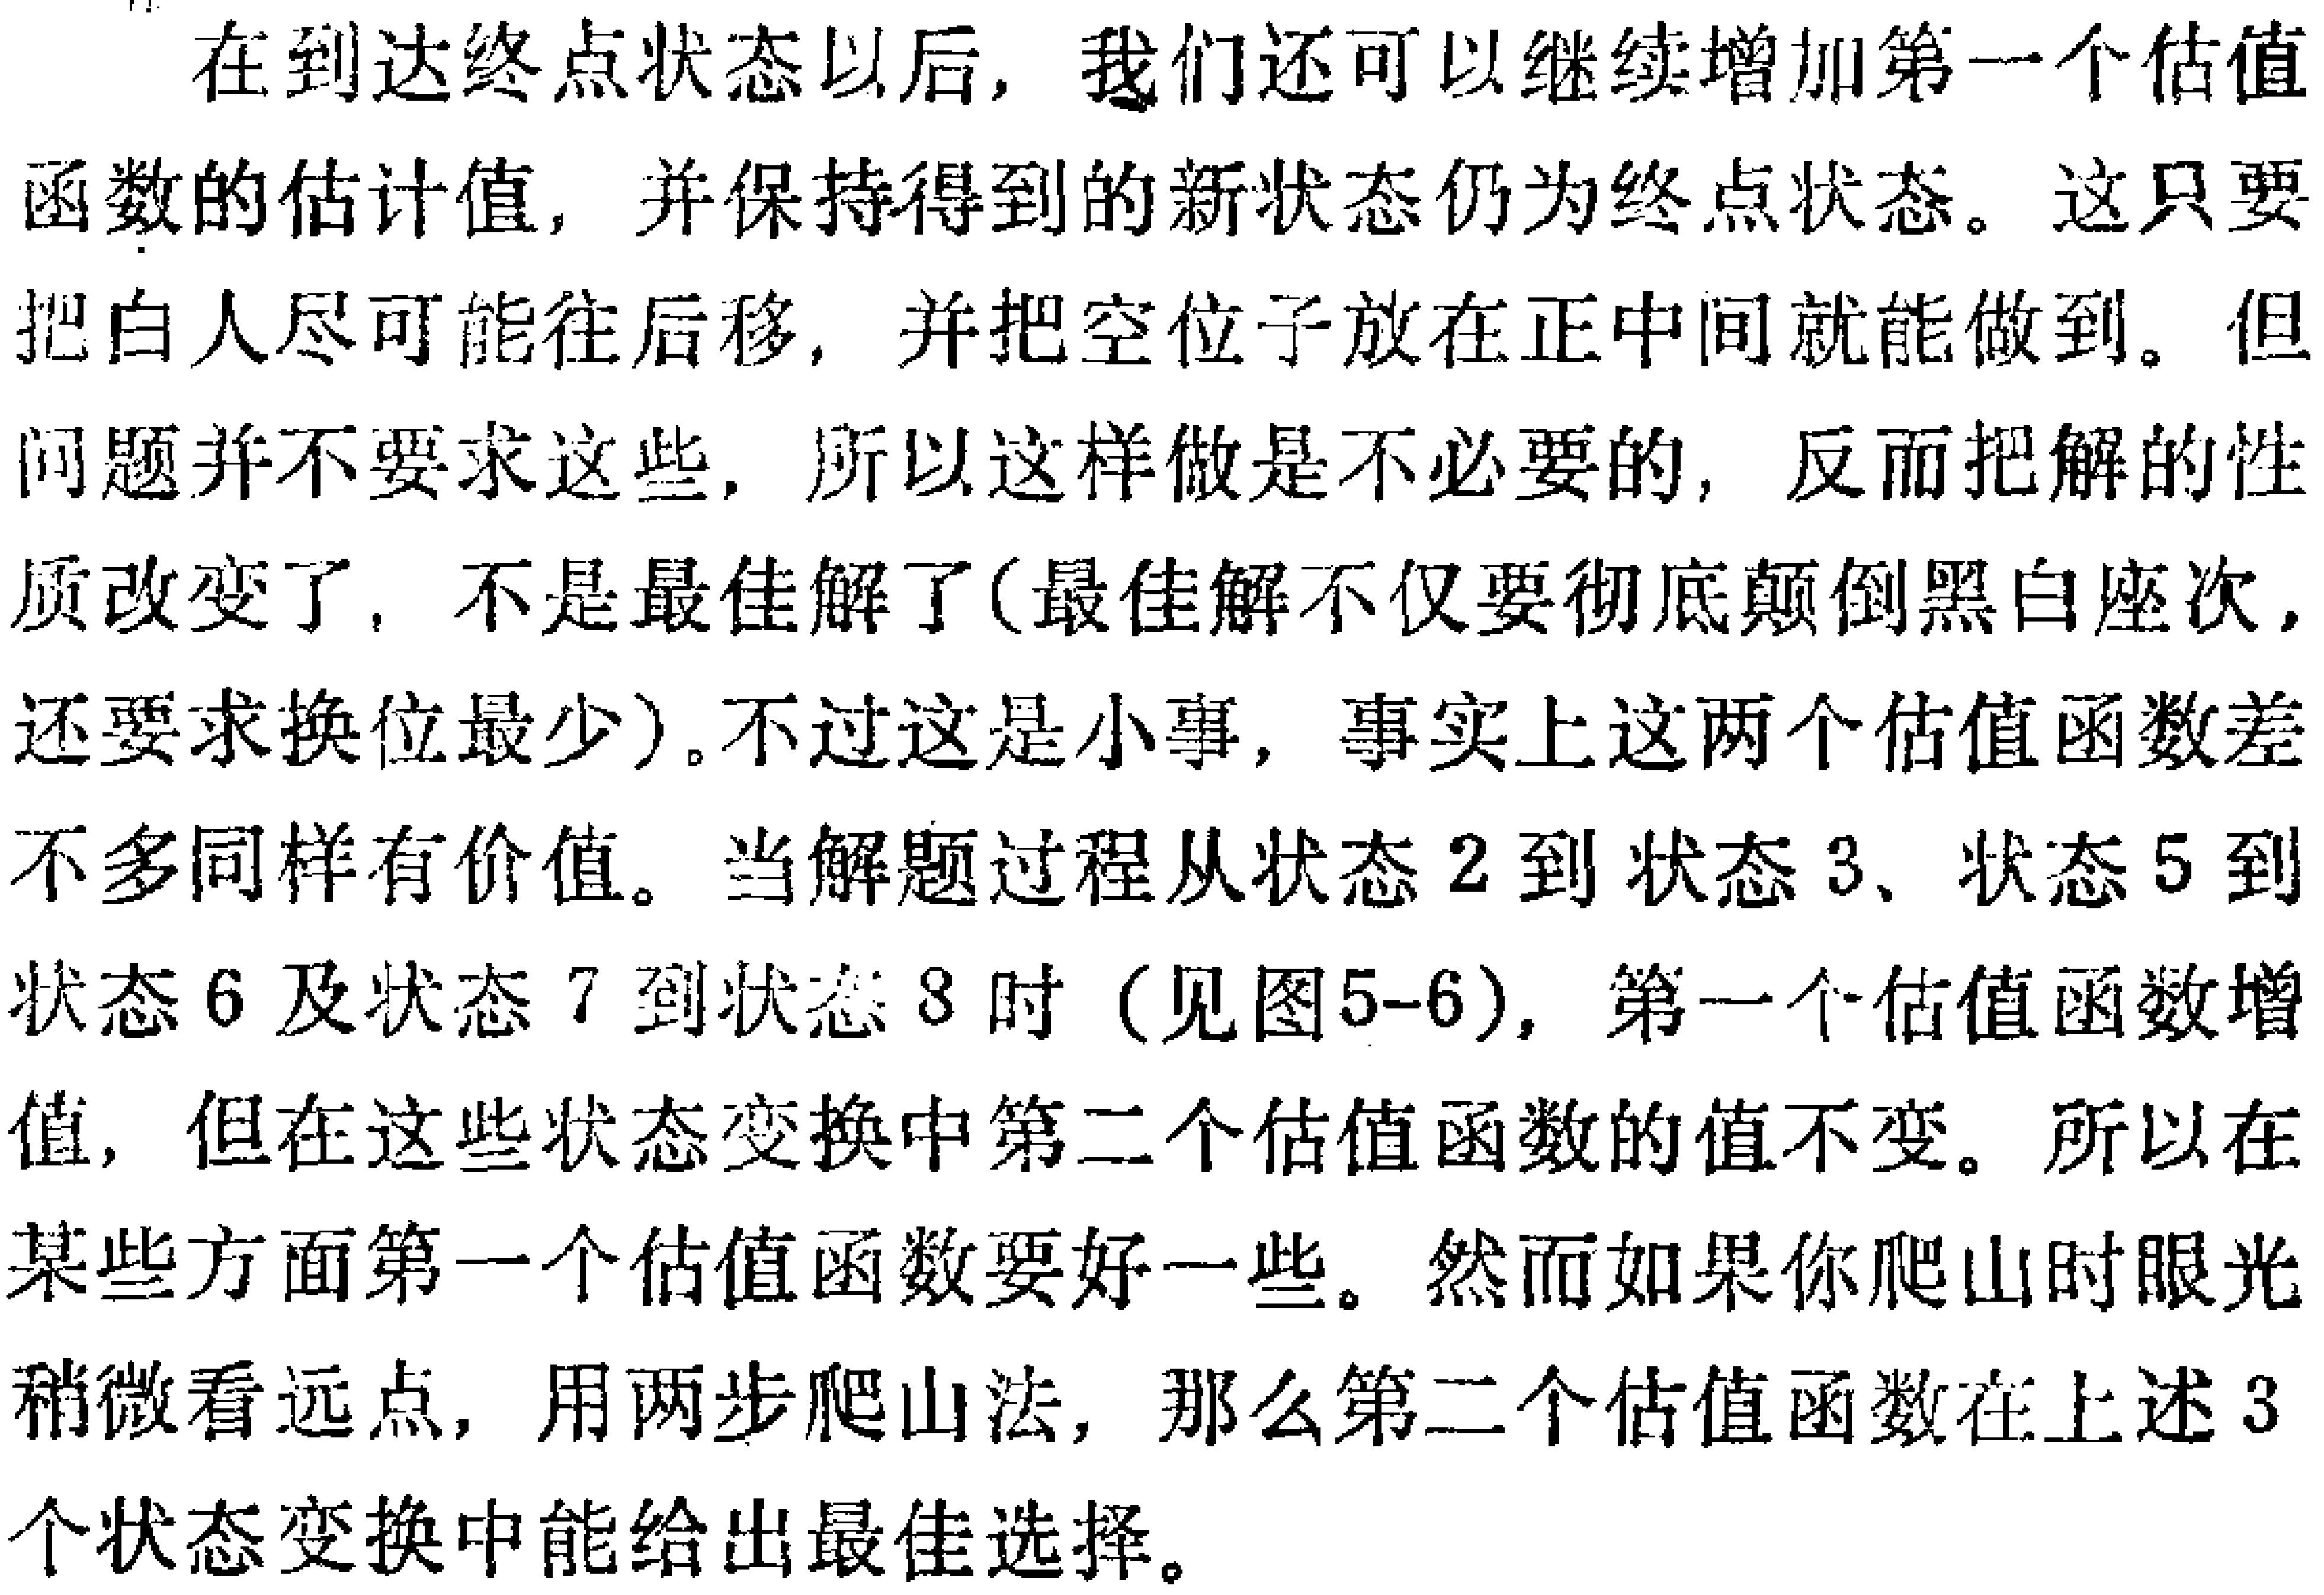
在到达终点状态以后，我们还可以继续增加第一个估值

函数的估计值, 并保持得到的新状态仍为终点状态。这只要

把白人尽可能往后移, 并把空位子放在正中间就能做到。但

问题并不要求这些, 所以这样做是不必要的, 反而把解的性

质改变了, 不是最佳解了(最佳解不仅要彻底颠倒黑白座次,

还要求换位最少)。不过这是小事, 事实上这两个估值函数差

不多同样有价值。当解题过程从状态 \(2\) 到 状态 \(3\)、状态 \(5\) 到

状态 \(6\) 及状态 \(7\) 到状态 \(8\) 时（见图5-6）, 第一个估值函数增

值, 但在这些状态变换中第二个估值函数的值不变。所以在

某些方面第一个估值函数要好一些。然而如果你爬山时眼光

稍微看远点, 用两步爬山法, 那么第二个估值函数在上述 \(3\)

个状态变换中能给出最佳选择。